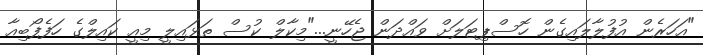
"އަހަރެން އުފުލާލައިގެން ހޮސްޕިޓަލަށް ވައްދަން ޖެހޭނީ..."މިކާލް ކުސް ތަޅައިލީ މިއީ ކައިލްގެ ހަފެފޯބިއާ